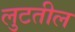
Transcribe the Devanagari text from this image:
लुटतील